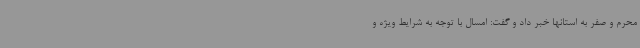
محرم و صفر به استانها خبر داد و گفت: امسال با توجه به شرایط ویژه و